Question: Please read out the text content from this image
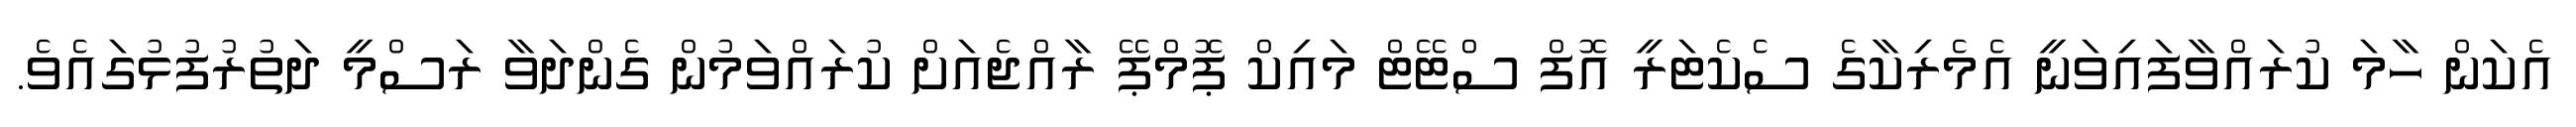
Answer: އެކަން ހާމަ ކުރައްވާފައިވަނީ އެމެރިކާގެ ސެކެޓަރީ އޮފް ސްޓޭޓް މައިކް ޕޮމްޕޭ ރާއްޖެއަށް ކުރައްވަމުން ގެންދަވާ ރަސްމީ ދަތުރުފުޅުގައެވެ.